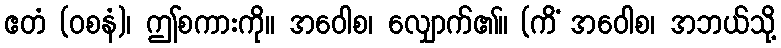
ဧတံ (ဝစနံ)၊ ဤစကားကို။ အဝေါစ၊ လျှောက်၏။ (ကိံ အဝေါစ၊ အဘယ်သို့